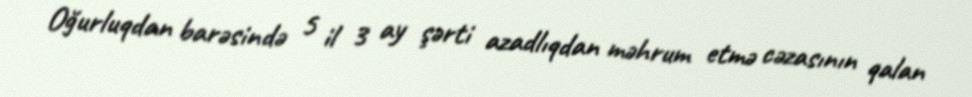
Oğurluqdan barəsində 5 il 3 ay şərti azadlıqdan məhrum etmə cəzasının qalan